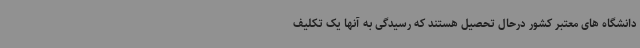
دانشگاه های معتبر کشور درحال تحصیل هستند که رسیدگی به آنها یک تکلیف